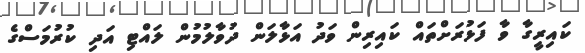
ކައިރީގާ ވާ ފަޅުރަށްތައް ކައިރިން ވަދު އަޅާލަން ދުވާލުމުން ލައްޓި އަދި ކުރުމަސްގެ